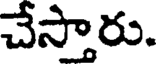
చేస్తారు.